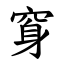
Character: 䆤